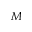
M